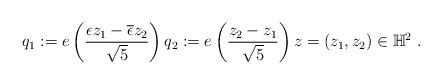
LaTeX: \begin{align*} q_1 := e\left( \frac{\epsilon z_1 - \overline{\epsilon} z_2}{\sqrt{5}} \right) q_2 := e\left(\frac{z_2-z_1}{\sqrt{5}}\right) z=(z_1,z_2)\in\mathbb{H}^2 \ .\end{align*}